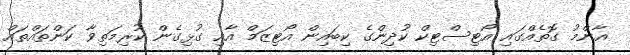
އާންމު ގޮެތެއްގައި އޯޓިސްޓިކް ކުދިންގެ ކިބައިން އޯޓިޒަމް އާއި ގުޅިގެން ކުރިމަތިވާ ކަންތައްތައް